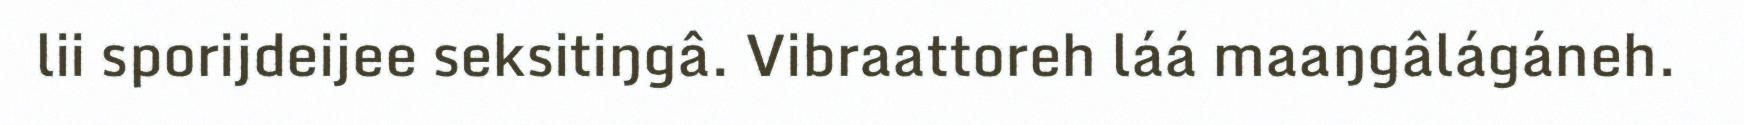
lii sporijdeijee seksitiŋgâ. Vibraattoreh láá maaŋgâlágáneh.